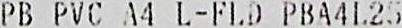
PB PVC A4 L-FLD PBA4L25